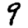
Digit: 9